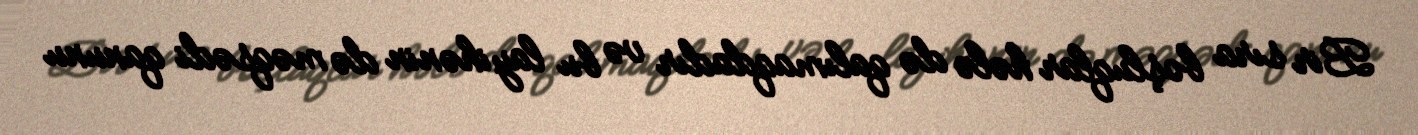
Bir sıra boşluqlar hələ də qalımaqdadır və bu layihənin də məqsədi qanunu